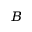
_ B